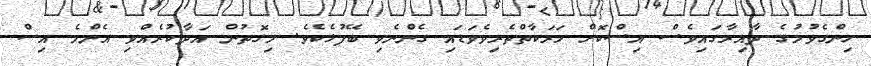
ހިންގެވުމުގެ ދާއިރާގައިވެސް އިސްކޮށް ހަރަކާތްތެރިވެވަޑައި ގެންނެވި ބޭފުޅެކެވެ. މިގޮތުން އަދާކުރެއްވި އެންމެ އިސް